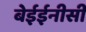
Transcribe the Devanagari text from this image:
बेईईनीसी